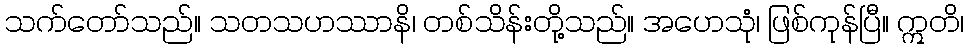
သက်တော်သည်။ သတသဟဿာနိ၊ တစ်သိန်းတို့သည်။ အဟေသုံ၊ ဖြစ်ကုန်ပြီ။ ဣတိ၊